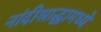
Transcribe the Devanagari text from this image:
नांदीश्राद्धामध्ये